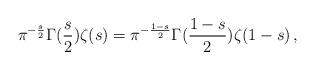
LaTeX: \begin{align*}\pi^{-\frac{s}{2}}\Gamma(\frac{s}{2})\zeta(s) = \pi^{-\frac{1-s}{2}} \Gamma(\frac{1-s}{2})\zeta(1-s) \, ,\end{align*}